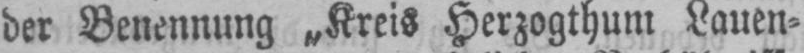
der Benennung „Kreis Herzogthum Lauen⸗